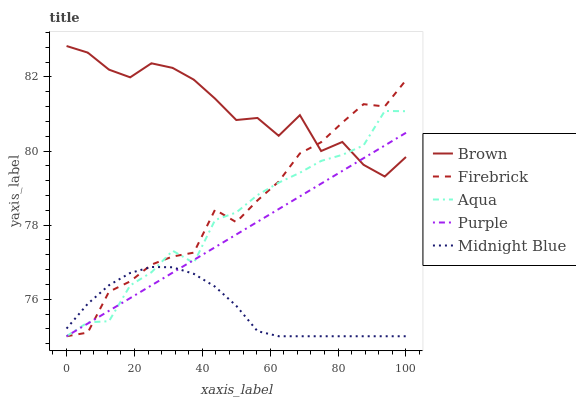
| xaxis_label | Brown | Firebrick | Aqua | Purple | Midnight Blue |
 | --- | --- | --- | --- | --- | --- |
 | 0 | 82.8 | 75 | 75 | 75 | 75.2 |
 | 6.25 | 82.7 | 75.1 | 75.4 | 75.3 | 75.9 |
 | 12.5 | 82.2 | 76.2 | 75.4 | 75.7 | 76.4 |
 | 18.8 | 82 | 76.5 | 76.4 | 76 | 76.7 |
 | 25 | 82.4 | 76.9 | 76.7 | 76.4 | 76.9 |
 | 31.2 | 82.2 | 77.2 | 77.3 | 76.7 | 76.9 |
 | 37.5 | 81.9 | 77.3 | 77 | 77.1 | 76.7 |
 | 43.8 | 81.4 | 78.4 | 78.1 | 77.4 | 76.3 |
 | 50 | 80.8 | 78.1 | 78.3 | 77.7 | 75.8 |
 | 56.2 | 80.9 | 78.7 | 78.8 | 78.1 | 75.1 |
 | 62.5 | 80.4 | 79.2 | 79.1 | 78.4 | 75 |
 | 68.8 | 81 | 79.9 | 79.4 | 78.8 | 75 |
 | 75 | 80 | 80.2 | 79.7 | 79.1 | 75 |
 | 81.2 | 80.2 | 80.8 | 79.9 | 79.5 | 75 |
 | 87.5 | 79.6 | 81.3 | 80.2 | 79.8 | 75 |
 | 93.8 | 79.3 | 81.2 | 81.1 | 80.2 | 75 |
 | 100 | 79.8 | 81.9 | 81.1 | 80.5 | 75 |